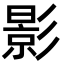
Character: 影